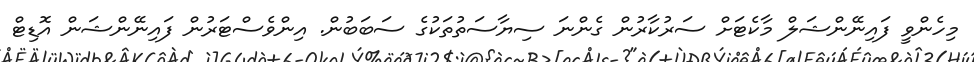
މިހެންވީ ފައިނޭންޝަލް މާކެޓަށް ސަރުކާރުން ގެންނަ ސިޔާސަތުތަކުގެ ސަބަބުން. އިންވެސްޓަރުން ފައިނޭންޝަން އޮޑިޓް